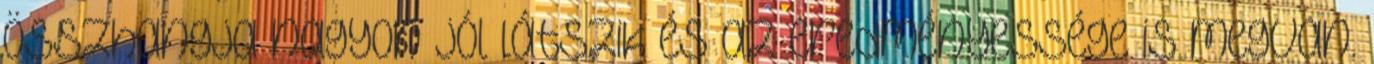
összhangja nagyon jól látszik és az eredményessége is megvan.